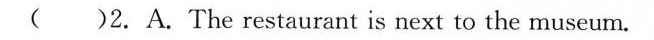
( )2. A. The restaurant is next to the museum.